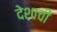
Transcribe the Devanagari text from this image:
देशाचीं